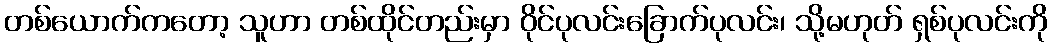
တစ်ယောက်ကတော့ သူဟာ တစ်ထိုင်တည်းမှာ ဝိုင်ပုလင်းခြောက်ပုလင်း၊ သို့မဟုတ် ရှစ်ပုလင်းကို